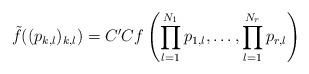
LaTeX: \begin{align*}\tilde{f}((p_{k,l})_{k,l}) = C' C f\left(\prod_{l=1}^{N_1} p_{1,l}, \dots, \prod_{l=1}^{N_r} p_{r,l} \right)\end{align*}